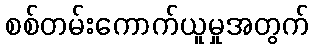
စစ်တမ်းကောက်ယူမှုအတွက်